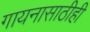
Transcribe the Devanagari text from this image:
गायनासाठीही